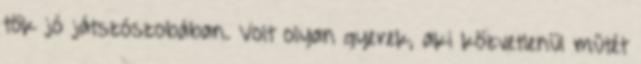
tök jó játszószobában. Volt olyan gyerek, aki közvetlenül műtét